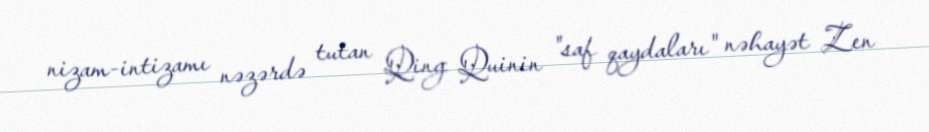
nizam-intizamı nəzərdə tutan Qing Quinin "saf qaydaları" nəhayət Zen